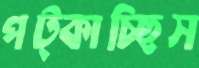
পট্‌কাচ্ছিস